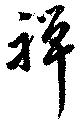
禪